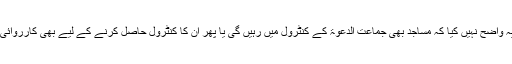
تاہم انہوں نے یہ واضح نہیں کیا کہ مساجد بھی جماعت الدعوۃ کے کنٹرول میں رہیں گی یا پھر ان کا کنٹرول حاصل کرنے کے لیے بھی کارروائی کی جائے گی۔